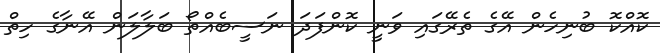
ކޮއްކޮ ބުނިހެން އޭގެ ތެރޭގައި ވަނީ ކޮންފަދަ ނަސީބެއްތޯ ބަލާލަން އޭނާގެ ހިތް